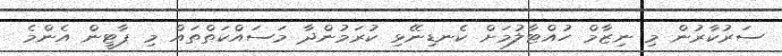
ސަރުކާރުން މި ނިޒާމް ހުއްޓާލުމަށް ކެނޑިނޭޅި ކުރަމުންދާ މަސައްކަތްތައް މި ޕާޓީން އެންމެ